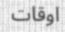
اوقات